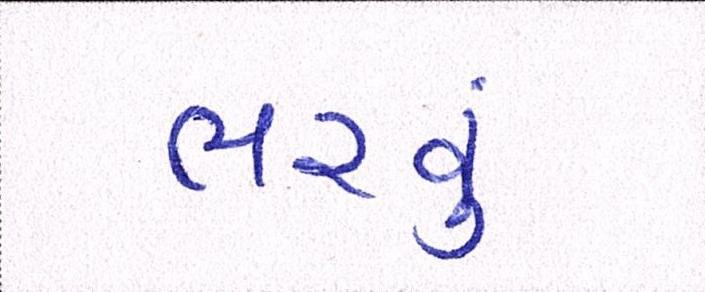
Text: ભરવું